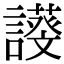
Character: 𧬖